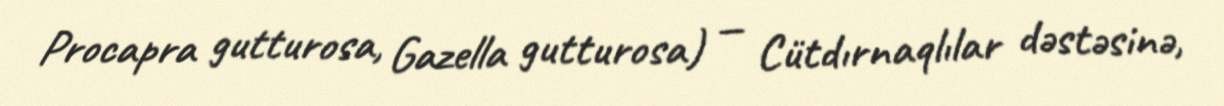
Procapra gutturosa, Gazella gutturosa) — Cütdırnaqlılar dəstəsinə,